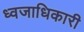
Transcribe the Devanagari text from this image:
ध्वजाधिकारी